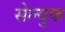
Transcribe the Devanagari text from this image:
सेल्युक